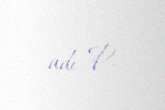
adı P.